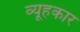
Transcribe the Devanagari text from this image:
व्यूहकार